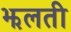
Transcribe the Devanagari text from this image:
झलती